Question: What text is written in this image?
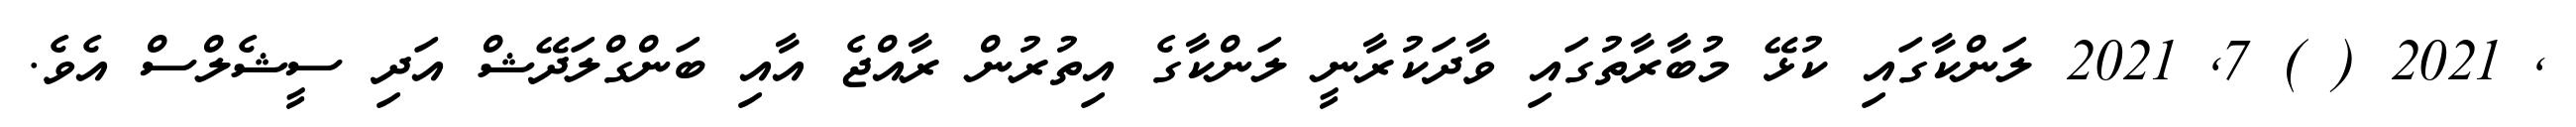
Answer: , 2021 ( ) 7, 2021 ލަންކާގައި ކުޅޭ މުބާރާތުގައި ވާދަކުރާނީ ލަންކާގެ އިތުރުން ރާއްޖެ އާއި ބަންގްލަދޭޝް އަދި ސީޝެލްސް އެވެ.